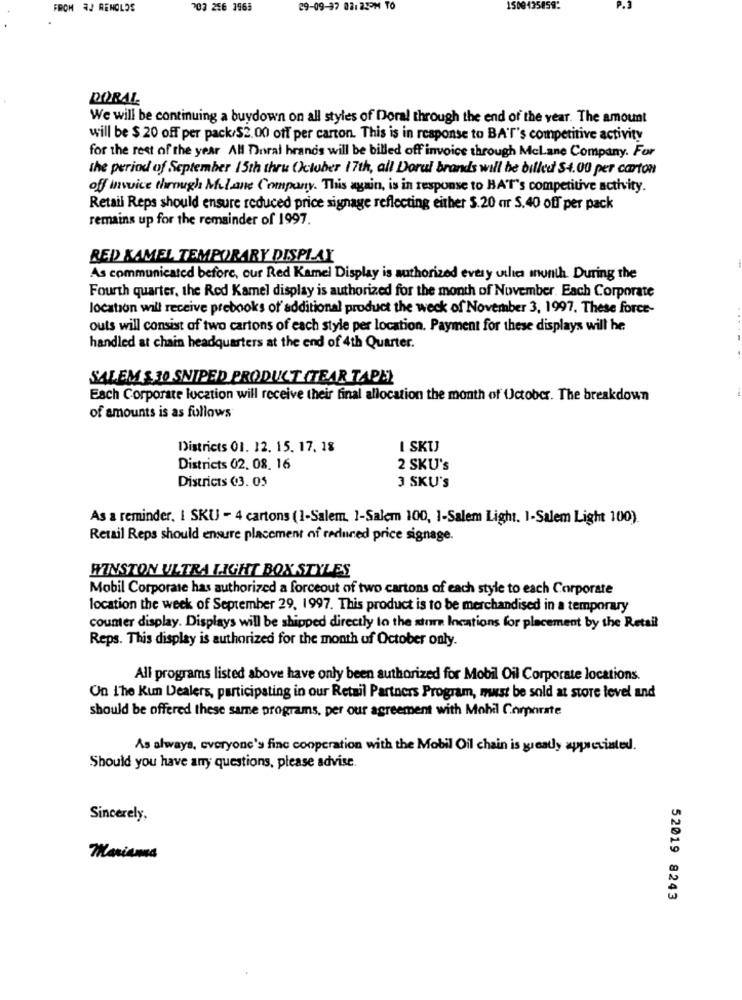
FROM AJ RENOLOS
03 256 1965
29-09-97 02:23PM TO
1500435859:
DORAL
We will be continuing a buydown on all styles of Doral through the end of the year. The amount
will be $ 20 off per pack/$2.00 off per carton. This is in response to BAT's competitive activity
for the rest of the year All Doral brands will be billed off invoice through Mclane Company. For
the period of September 15th thru October 17th, all Dorul brands will be billed $4.00 per carton
off invoice through Milane Company. This again, is in response to HAT's competitive activity.
Retail Reps should ensure reduced price signage reflecting either S.20 ar S.40 off per pack
remains up for the remainder of 1997.
RED KAMEL TEMPORARY DISPLAY
As communicated before, our Red Kamel Display is authorized every uthe month. During the
Fourth quarter, the Red Kamel display is authorized for the month of November. Each Corporate
location will receive prebooks of additional product the weck of November 3, 1997. These force-
outs will consist of two cartons of each style per location. Payment for these displays will he
handled at chain headquarters at the end of 4th Quarter.
SALEM & 30 SNIPED PRODUCT (TEAR TAPE)
Each Corporate location will receive their final allocation the month of October. The breakdown
of amounts is as follows
Districts 01. 12. 15. 17. 18
I SKU
Districts 02. 08. 16
2 SKU's
Districts €3. 05
3 SKU'S
As a reminder, I SKU - 4 cartons (1-Salem. 1-Salem 100, 1-Salem Light. 1-Salem Light 100).
Retail Reps should ensure placement of redured price signage.
WINSTON ULTRA LIGHT BOX STYLES
Mobil Corporate has authorized a forceout of two cartons of each style to each Corporate
location the week of September 29, 1997. This product is to be merchandised in a temporary
counter display. Displays will be shipped directly to the store Incations for placement by the Retail
Reps. This display is authorized for the month of October only.
All programs listed above have only been authorized for Mobil Oil Corporate locations.
On The Kun Dealers, participating in our Retail Partners Program, must be sold at store level and
should be offered these same programs, per our agreement with Mohil Corporate
As always, everyone's fine cooperation with the Mobil Oil chain is greatly appreciated.
Should you have any questions, please advise.
Sincerely,
Mariana
52019 8243